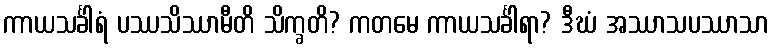
ကာယသင်္ခါရံ ပဿသိဿာမီတိ သိက္ခတိ? ကတမေ ကာယသင်္ခါရာ? ဒီဃံ အဿာသပဿာသာ